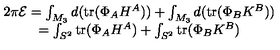
\begin{array} { c } { 2 \pi { \cal E } = \int _ { M _ { 3 } } d ( \mathrm { t r } ( \Phi _ { A } H ^ { A } ) ) + \int _ { M _ { 3 } } d ( \mathrm { t r } ( \Phi _ { B } K ^ { B } ) ) } \\ { = \int _ { S ^ { 2 } } \mathrm { t r } ( \Phi _ { A } H ^ { A } ) + \int _ { S ^ { 2 } } \mathrm { t r } ( \Phi _ { B } K ^ { B } ) } \\ \end{array}